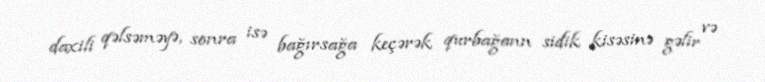
daxili qəlsəməyə, sonra isə bağırsağa keçərək qurbağann sidik kisəsinə gəlir və